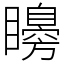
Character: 矏